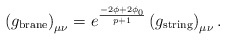
\begin{align*}\left( g_{\mbox{\scriptsize brane}}\right)_{\mu\nu} = e^{\frac{ -2\phi + 2 \phi_0}{p+1}}\left(g _{\mbox{\scriptsize string}}\right)_{\mu\nu}. \end{align*}